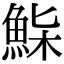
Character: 𩷌